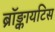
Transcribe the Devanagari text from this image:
ब्रॉङ्कायटिस